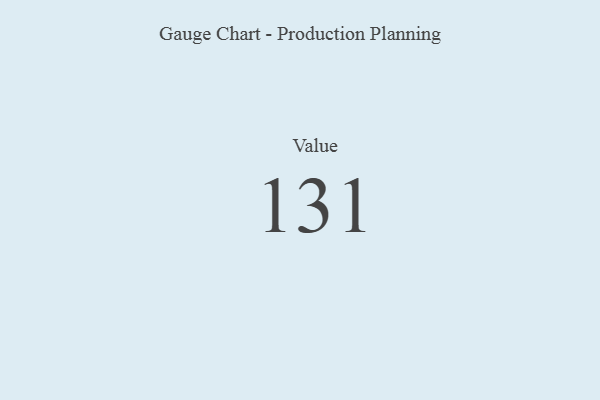
{"axis": {"x": "Metric", "y": "Value"}, "legend": [""], "data": [{"x": "Value", "y": 131, "type": ""}]}